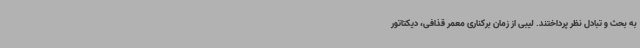
به بحث و تبادل نظر پرداختند. لیبی از زمان برکناری معمر قذافی، دیکتاتور